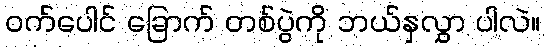
ဝက်ပေါင် ခြောက် တစ်ပွဲကို ဘယ်နှလွှာ ပါလဲ။